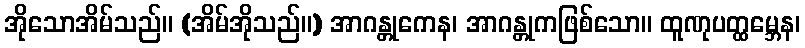
အိုသောအိမ်သည်။ (အိမ်အိုသည်။) အာဂန္တုကေန၊ အာဂန္တုကဖြစ်သော။ ထူဏုပတ္ထမ္ဘေန၊